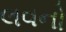
લવનો